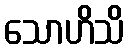
သောဟိသိ